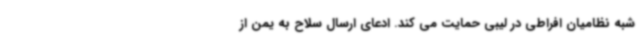
شبه نظامیان افراطی در لیبی حمایت می کند. ادعای ارسال سلاح به یمن از